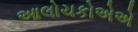
આલોચકોએએ